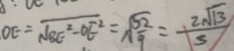
O E = \sqrt { B E ^ { 2 } - O E ^ { 2 } } = \sqrt { \frac { 5 2 } { 9 } } = \frac { 2 \sqrt { 1 3 } } { 3 }